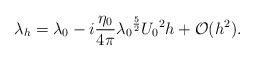
LaTeX: \begin{align*}\lambda_h=\lambda_0-i\frac{\eta_0}{4\pi}{\lambda_0}^\frac{5}{2}{U_0}^2h+\mathcal{O}(h^2).\end{align*}